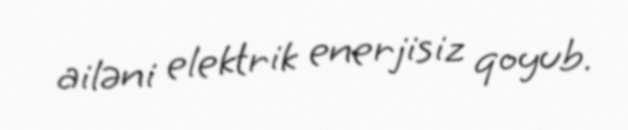
ailəni elektrik enerjisiz qoyub.